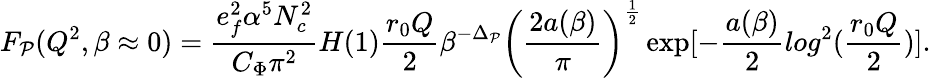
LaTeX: F_{\cal P}(Q^{2},\beta\approx 0)=\frac{e_{f}^{2}\alpha^{5}N_{c}^{2}}{C_{\Phi}\pi^{2}}H(1)\frac{r_{0}Q}2\beta^{-\Delta_{\cal P}}\left(\frac{2a(\beta)}{\pi}\right)^{\frac 12}\exp[-\frac{a(\beta)}2log^{2}(\frac{r_{0}Q}2)].